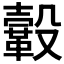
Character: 𩌊